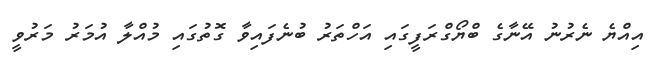
އިއްޔެ ނެރުނު އޭނާގެ ބްޔޯގްރަފީގައި އަހްތަރު ބުނެފައިވާ ގޮތުގައި މުއްލާ އުމަރު މަރުވީ